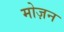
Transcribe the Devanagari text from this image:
मोज़न